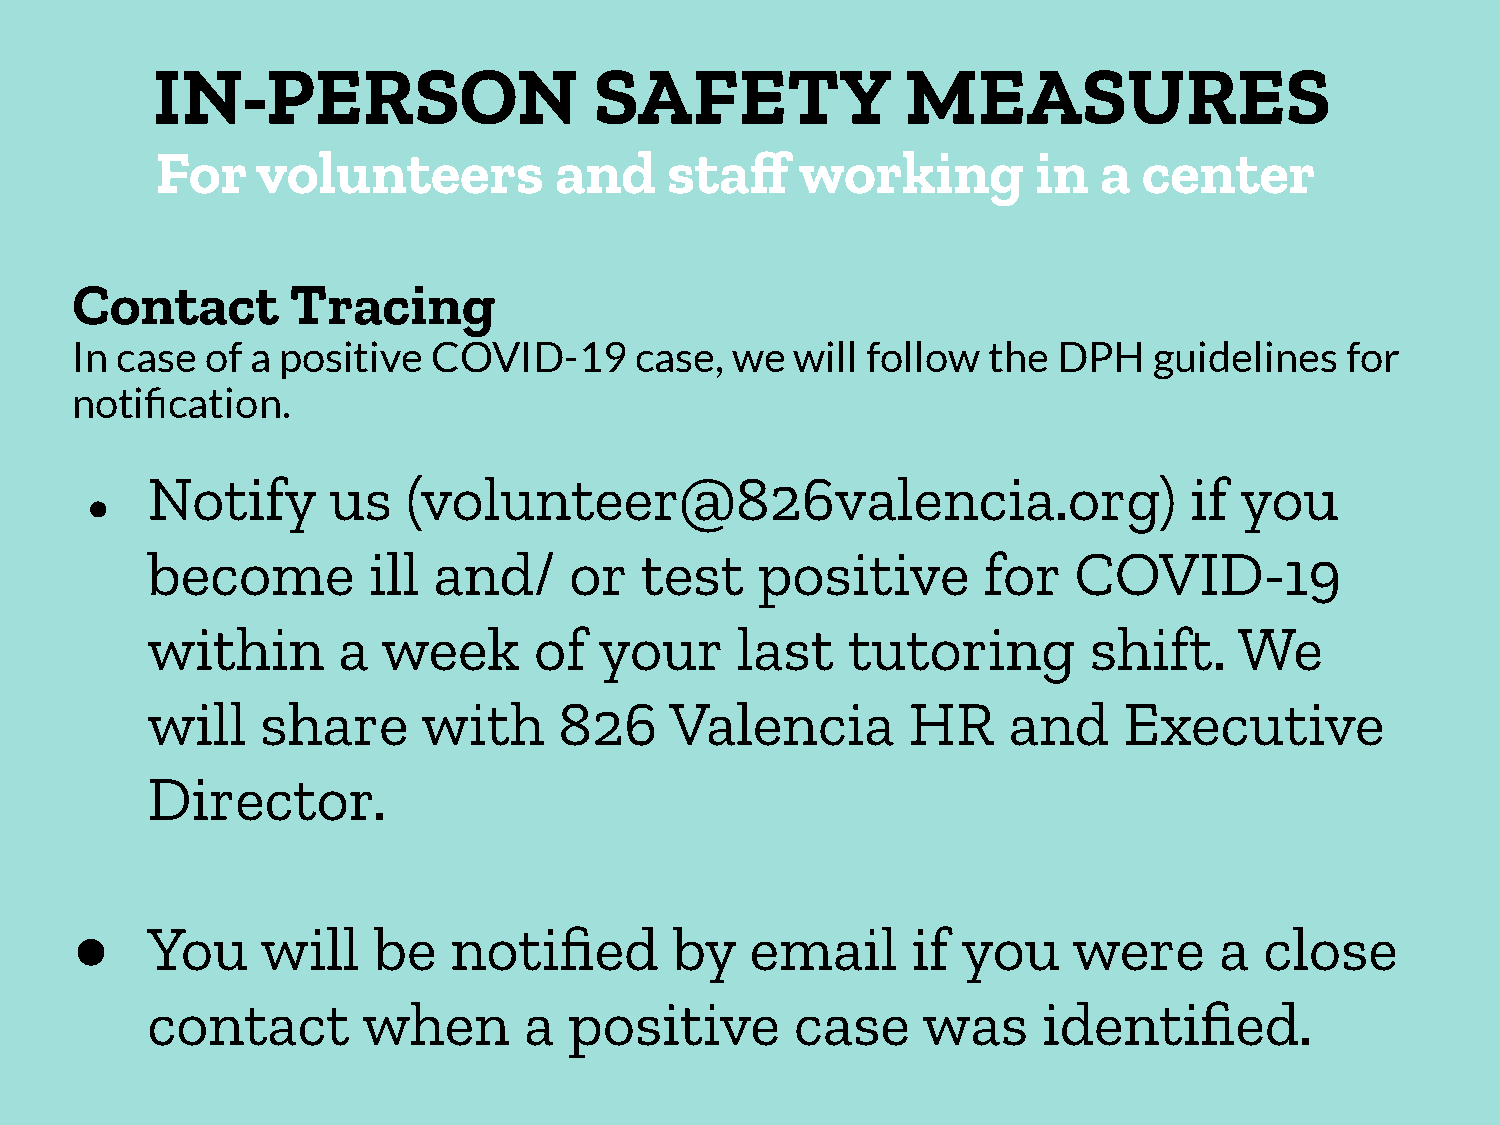
IN-PERSON                    SAFETY               MEASURES
 For    volunteers          and    staff    working         in  a  center
 Contact       Tracing
 In case  of a positive  COVID-19     case,  we  will follow the  DPH   guidelines   for
 notification.
 Notify      us   (volunteer@826valencia.org)                         if you
 ●
 become        ill  and/     or  test    positive       for   COVID-19
 within      a  week      of   your     last   tutoring        shift.    We
 will   share      with     826    Valencia        HR     and    Executive
 Director.
 ●    You    will    be   notified       by   email     if  you    were      a  close
 contact       when       a  positive       case    was     identified.
 23